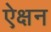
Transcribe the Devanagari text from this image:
ऐक्षन